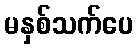
မနှစ်သက်ပေ